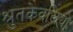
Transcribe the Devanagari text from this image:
श्रुतकेवलियों